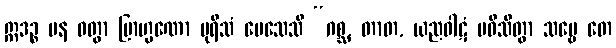
ဣဒဉ္စ ပန ဝတွာ ဗြာဟ္မဏော ပုရိသံ ပေသေသိ “ဂစ္ဆ, တာတ, ယညဝါဋံ ပဝိသိတွာ သဗ္ဗေ တေ